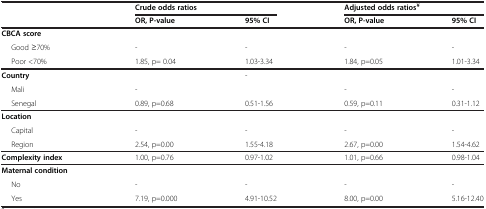
<table><thead><tr><td><b> </b></td><td colspan="2"><b>Crude odds ratios</b></td><td colspan="2"><b>Adjusted odds ratios<sup>¥</sup></b></td></tr><tr><td><b> </b></td><td><b>OR, P-value</b></td><td><b>95% CI</b></td><td><b>OR, P-value</b></td><td><b>95% CI</b></td></tr></thead><tbody><tr><td><b>CBCA score</b></td><td> </td><td> </td><td> </td><td> </td></tr><tr><td>Good ≥70%</td><td>-</td><td>-</td><td>-</td><td>-</td></tr><tr><td>Poor &lt;70%</td><td>1.85, p= 0.04</td><td>1.03-3.34</td><td>1.84, p=0.05</td><td>1.01-3.34</td></tr><tr><td><b>Country</b></td><td> </td><td>-</td><td> </td><td> </td></tr><tr><td>Mali</td><td>-</td><td> </td><td>-</td><td>-</td></tr><tr><td>Senegal</td><td>0.89, p=0.68</td><td>0.51-1.56</td><td>0.59, p=0.11</td><td>0.31-1.12</td></tr><tr><td><b>Location</b></td><td> </td><td> </td><td> </td><td> </td></tr><tr><td>Capital</td><td>-</td><td>-</td><td>-</td><td>-</td></tr><tr><td>Region</td><td>2.54, p=0.00</td><td>1.55-4.18</td><td>2.67, p=0.00</td><td>1.54-4.62</td></tr><tr><td><b>Complexity index</b></td><td>1.00, p=0.76</td><td>0.97-1.02</td><td>1.01, p=0.66</td><td>0.98-1.04</td></tr><tr><td><b>Maternal condition</b></td><td> </td><td> </td><td> </td><td> </td></tr><tr><td>No</td><td>-</td><td>-</td><td>-</td><td>-</td></tr><tr><td>Yes</td><td>7.19, p=0.000</td><td>4.91-10.52</td><td>8.00, p=0.00</td><td>5.16-12.40</td></tr></tbody></table>